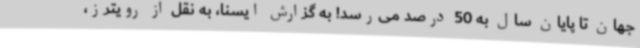
جهان تا پایان سال به 50 درصد می‌رسد! به گزارش ایسنا، به نقل از رویترز،